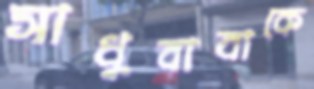
সাধুবাবাকে